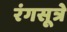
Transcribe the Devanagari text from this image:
रंगसूत्रे